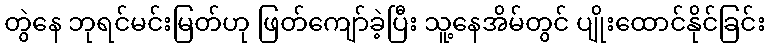
တွဲနေ ဘုရင်မင်းမြတ်ဟု ဖြတ်ကျော်ခဲ့ပြီး သူ့နေအိမ်တွင် ပျိုးထောင်နိုင်ခြင်း